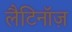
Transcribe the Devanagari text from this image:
लैटिनॉज़